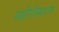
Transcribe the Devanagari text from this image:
स्थ्रीरीकरण